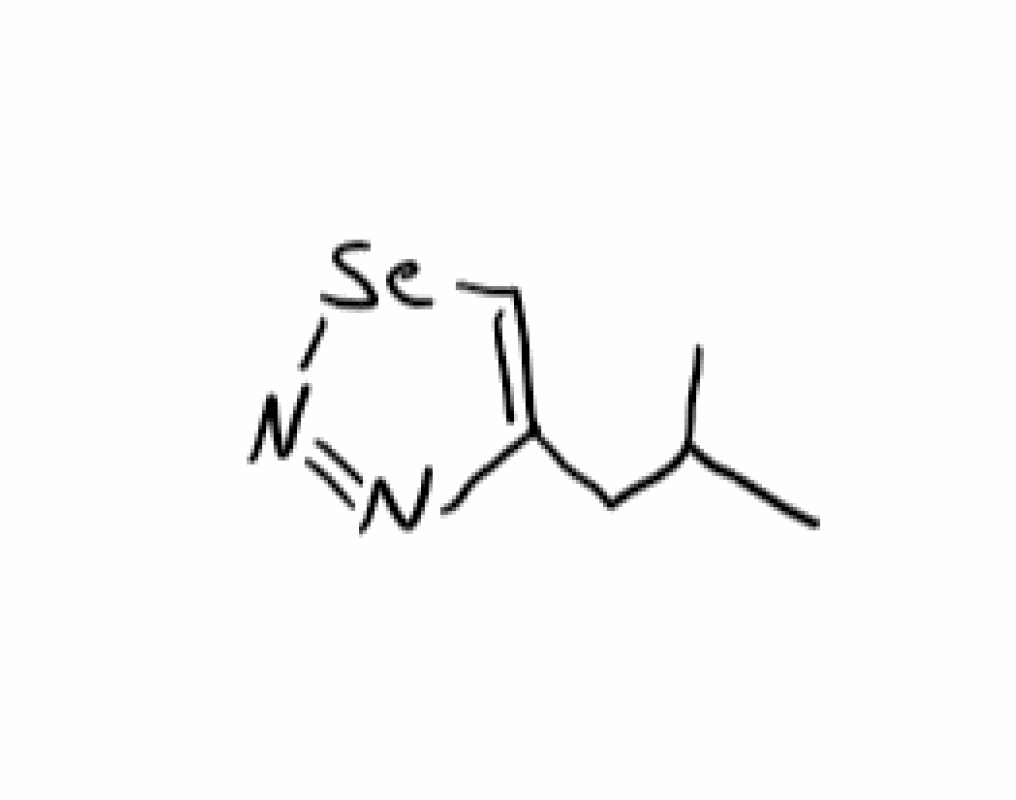
Simplified molecular-input line-entry system (SMILES) notation of the given molecule:
CC(C)CC1=C[Se]N=N1